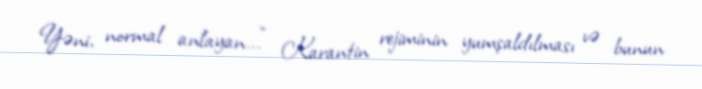
Yəni, normal anlayan...” Karantin rejiminin yumşaldılması və bunun